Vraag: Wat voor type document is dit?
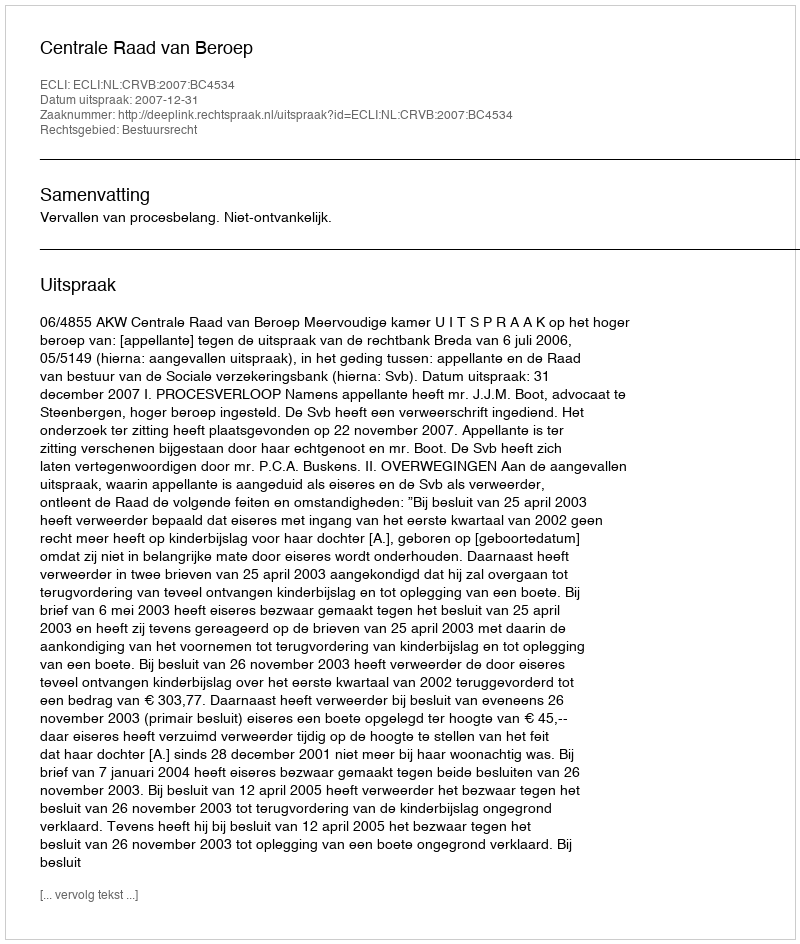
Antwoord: Uitspraak